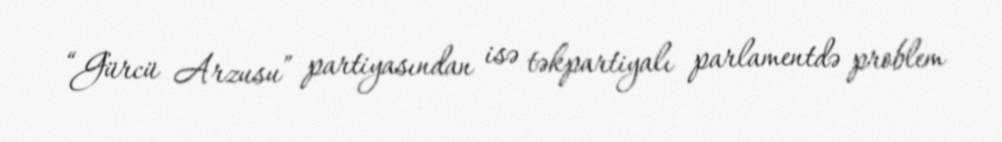
“Gürcü Arzusu” partiyasından isə təkpartiyalı parlamentdə problem